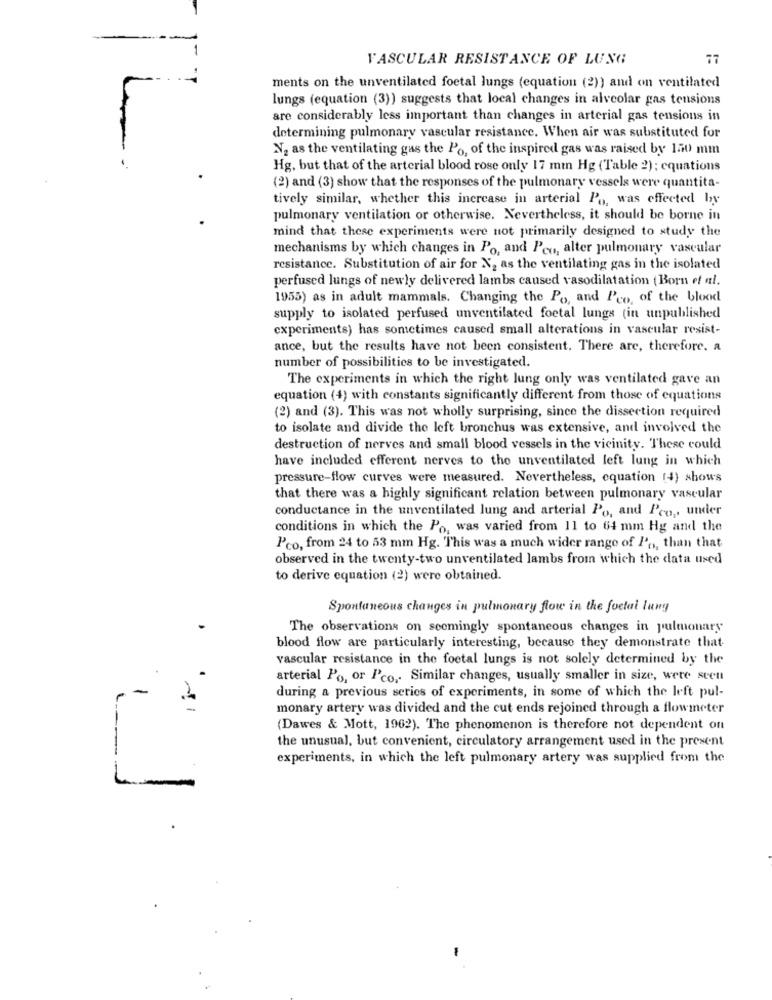
-
VASCULAR RESISTANCE OF LUNG
77
ments on the unventilated foetal lungs (equation (2)) and on ventilated
lungs (equation (3)) suggests that local changes in alveolar gas tensions
are considerably less important than changes in arterial gas tensions in
determining pulmonary vascular resistance. When air was substituted for
N2 as the ventilating gas the Po, of the inspired gas was raised by 150 mm
Hg, but that of the arterial blood rose only 17 mm Hg (Table 2): equations
(2) and (3) show that the responses of the pulmonary vessels were quantita-
tively similar, whether this increase in arterial Po, was effected by
pulmonary ventilation or otherwise. Nevertheless, it should be borne in
mind that these experiments were not primarily designed to study the
mechanisms by which changes in Po, and Peu, alter pulmonary vascular
resistance. Substitution of air for N2 as the ventilating gas in the isolated
perfused lungs of newly delivered lambs caused vasodilatation (Born et al.
1955) as in adult mammals. Changing the Po, and Peo, of the blood
supply to isolated perfused unventilated foetal lungs (in unpublished
experiments) has sometimes caused small alterations in vascular resist-
ance, but the results have not been consistent. There are, therefore. a
number of possibilities to be investigated.
The experiments in which the right lung only was ventilated gave an
equation (4) with constants significantly different from those of equations
(2) and (3). This was not wholly surprising, since the dissection required
to isolate and divide the left bronchus was extensive, and involved the
destruction of nerves and small blood vessels in the vicinity. These could
have included efferent nerves to the unventilated left lung in which
pressure-flow curves were measured. Nevertheless, equation (4) shows
that there was a highly significant relation between pulmonary vascular
conductance in the unventilated lung and arterial Po, and Pro ,, under
conditions in which the Po, was varied from 11 to 64 mm Hg and the
Pro, from 24 to 53 mm Hg. This was a much wider range of P'o, than that
observed in the twenty-two unventilated lambs from which the data used
to derive equation (2) were obtained.
Spontaneous changes in pulmonary flow in the foetai lung
The observations on seemingly spontaneous changes in pulmonary
blood flow are particularly interesting, because they demonstrate that
vascular resistance in the foetal lungs is not solely determined by the
arterial Po, or Pco, Similar changes, usually smaller in size, were seen
during a previous series of experiments, in some of which the left pul-
monary artery was divided and the cut ends rejoined through a flowmeter
(Dawes & Mott, 1962). The phenomenon is therefore not dependent on
the unusual, but convenient, circulatory arrangement used in the present
experiments, in which the left pulmonary artery was supplied from the